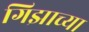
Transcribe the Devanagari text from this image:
गिझाच्या